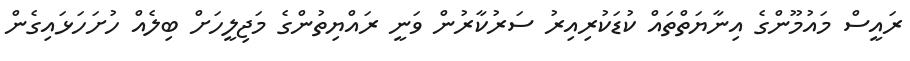
ރައީސް މައުމޫންގެ އިނާޔަތްތައް ކުޑަކުރިއިރު ސަރުކާރުން ވަނީ ރައްޔިތުންގެ މަޖިލީހަށް ބިލެއް ހުށަހަޅައިގެން